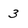
Character: 3